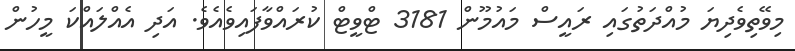
މިވޭތިވެދިޔަ މުއްދަތުގައި ރައީސް މައުމޫން 3181 ޓްވީޓް ކުރައްވާފައިވެއެވެ. އަދި އެއްލައްކަ މީހުން